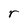
Character: r